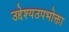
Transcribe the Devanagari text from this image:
उद्देश्यउपभोक्ता